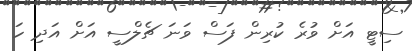
ސިޓީ އަށް ވުރެ ކުރިން ފަސް ވަނަ ޗެލްސީ އަށް އަދި ހަ